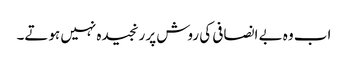
اب وہ بے انصافی کی روش پر رنجیدہ نہیں ہوتے۔